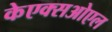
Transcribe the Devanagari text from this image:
केएक्सओएल